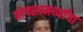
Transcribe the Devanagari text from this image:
योगसामर्थ्यांचा